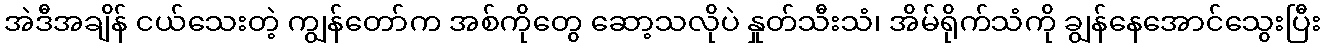
အဲဒီအချိန် ငယ်သေးတဲ့ ကျွန်တော်က အစ်ကိုတွေ ဆော့သလိုပဲ နှုတ်သီးသံ၊ အိမ်ရိုက်သံကို ချွန်နေအောင်သွေးပြီး